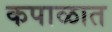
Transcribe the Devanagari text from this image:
कपाळात